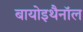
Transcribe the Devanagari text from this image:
बायोइथैनॉल